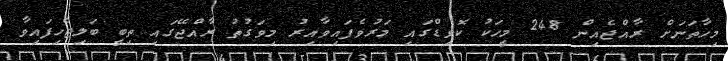
މިހާތަނަށް ރާއްޖެއިން 248 މީހަކު ކޮވިޑްގައި މަރުވެފައިވާއިރު މިވަގުތު ރާއްޖޭގައި ތިބީ ބަލިޖެހިފައިވާ